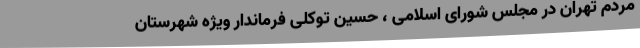
مردم تهران در مجلس شورای اسلامی ، حسین توکلی فرماندار ویژه شهرستان